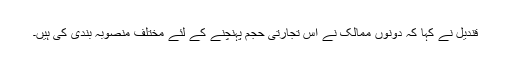
قندیل نے کہا کہ دونوں ممالک نے اس تجارتی حجم پہنچنے کے لئے مختلف منصوبہ بندی کی ہیں۔